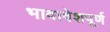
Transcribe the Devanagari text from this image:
भावावेशपूर्ण